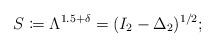
LaTeX: \begin{align*} S\coloneqq \Lambda^{1.5+\delta } = (I_2 - \Delta_2 )^{1/2} ; \end{align*}